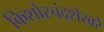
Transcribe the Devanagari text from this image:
किशोरचंद्रशेखरे